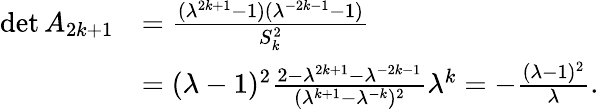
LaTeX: \begin{array}{rl}{\operatorname*{det}A_{2k+1}}&{=\frac{(\lambda^{2k+1}-1)(\lambda^{-2k-1}-1)}{S_{k}^{2}}}\\ &{=(\lambda-1)^{2}\frac{2-\lambda^{2k+1}-\lambda^{-2k-1}}{(\lambda^{k+1}-\lambda^{-k})^{2}}\lambda^{k}=-\frac{(\lambda-1)^{2}}{\lambda}.}\end{array}